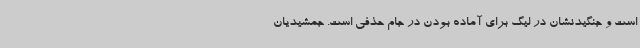
است و جنگیدنشان در لیگ برای آماده بودن در جام حذفی است. جمشیدیان